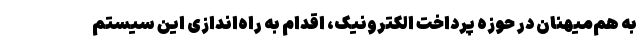
به هم‌میهنان در حوزه پرداخت الکترونیک، اقدام به راه‌اندازی این سیستم